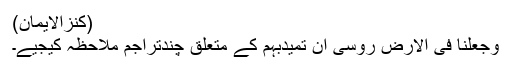
(کنزالایمان)
وَجَعَلْنَا فِی الْاَرْضِ رَوٰسِیَ اَنْ تَمِیْدَبِہِمْ کے متعلق چندتراجم ملاحظہ کیجیے۔